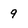
Character: 9